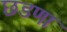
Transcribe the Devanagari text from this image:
छडणा